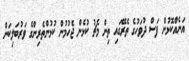
އަނެއްކޮޅުން ފަސް ދުވަހުގެ ތެރޭގައި ތިން މެޗު ކުޅެން ޖެހުމުން ކުޅުންތެރިންގެ ވަރުބަލިކަން